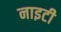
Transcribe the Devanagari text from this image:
नाइटी